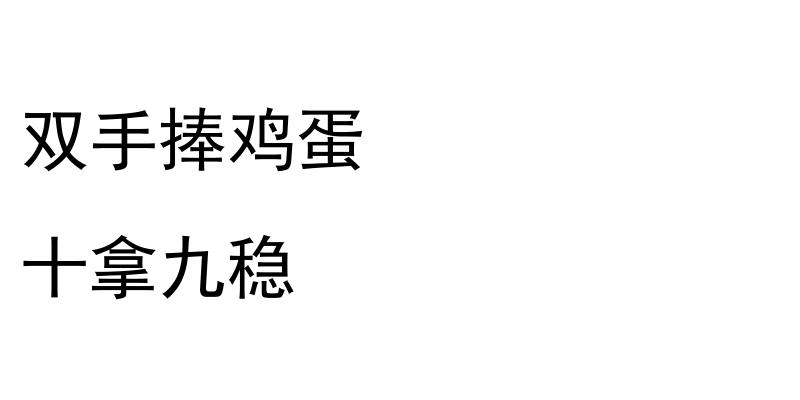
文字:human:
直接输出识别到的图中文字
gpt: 双手捧鸡蛋 十拿九稳